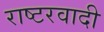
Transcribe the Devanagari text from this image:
राष्टरवादी